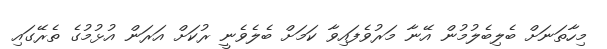
މިހާތަނަށް ބެލިބެލުމުން އޭނާ މަރުވެފައިވާ ކަމަށް ބެލެވެނީ ރުކަށް އަރަން އުޅުމުގެ ތެރޭގައި